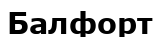
Балфорт